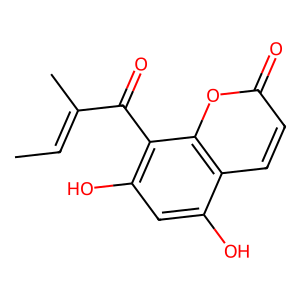
SMILES: CC=C(C)C(=O)c1c(O)cc(O)c2ccc(=O)oc12
Inhibits HIV replication: No